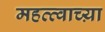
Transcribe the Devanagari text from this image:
महत्त्वाच्य़ा